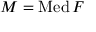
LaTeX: M = \mathop { \mathrm { M e d } } F